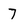
Character: 7